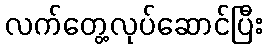
လက်တွေ့လုပ်ဆောင်ပြီး